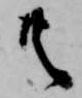
共